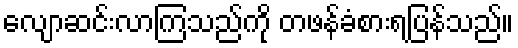
လျောဆင်းလာကြသည်ကို တဖန်ခံစားရပြန်သည်။